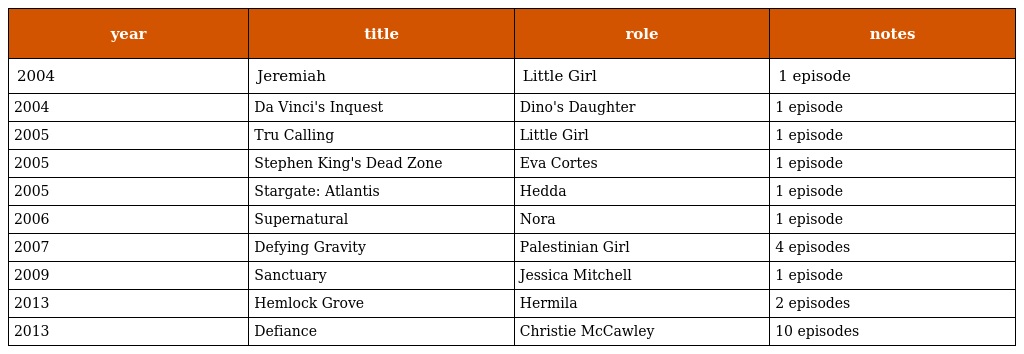
| year | title | role | notes |
 | --- | --- | --- | --- |
 | 2004 | Jeremiah | Little Girl | 1 episode |
 | 2004 | Da Vinci's Inquest | Dino's Daughter | 1 episode |
 | 2005 | Tru Calling | Little Girl | 1 episode |
 | 2005 | Stephen King's Dead Zone | Eva Cortes | 1 episode |
 | 2005 | Stargate: Atlantis | Hedda | 1 episode |
 | 2006 | Supernatural | Nora | 1 episode |
 | 2007 | Defying Gravity | Palestinian Girl | 4 episodes |
 | 2009 | Sanctuary | Jessica Mitchell | 1 episode |
 | 2013 | Hemlock Grove | Hermila | 2 episodes |
 | 2013 | Defiance | Christie McCawley | 10 episodes |